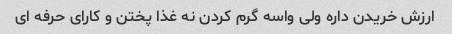
ارزش خریدن داره ولی واسه گرم کردن نه غذا پختن و کارای حرفه ای